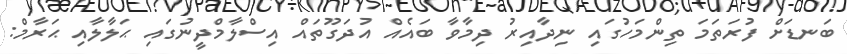
ބަނޑަށް ފުރަތަމަ ތިންމަހުގައި ނިދާއިރު ދިމާވާ ބައެއް އުދަގޫތައް އިސްލާމްދީނުގައި ޙަލާލާއި ޙަރާމް: